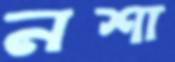
নশা